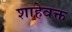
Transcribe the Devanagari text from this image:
शाहेवक्त